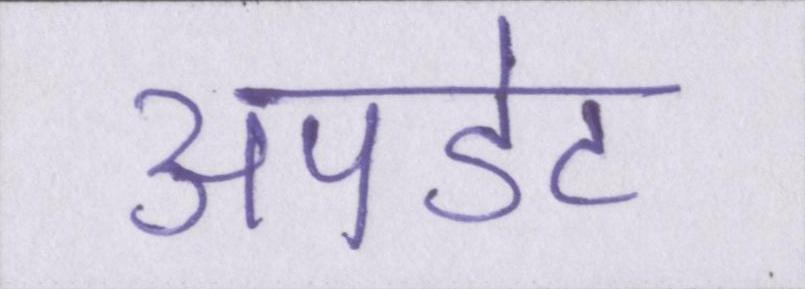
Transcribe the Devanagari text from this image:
अपडेट